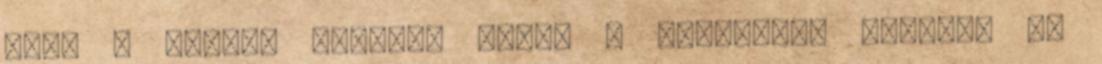
csak a sablon oldala, hanem a körkésünk pengéje is